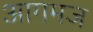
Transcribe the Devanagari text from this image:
आगमज